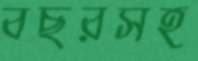
বছরসহ